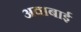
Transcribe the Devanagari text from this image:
अवाबाई